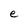
Character: e